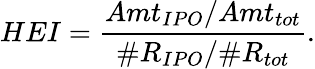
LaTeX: HEI=\frac{Amt_{IPO}/Amt_{tot}}{\# R_{IPO}/\# R_{tot}}.